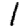
Digit: 1